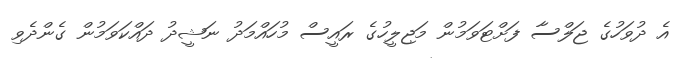
އެ ދުވަހުގެ ޖަލްސާ ފަށްޓަވަމުން މަޖިލީހުގެ ރައީސް މުހައްމަދު ނަޝީދު ދައްކަވަމުން ގެންދެވި